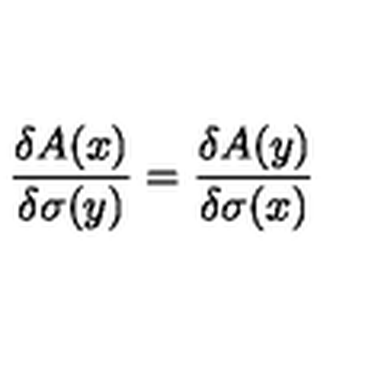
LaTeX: \frac { \delta A ( x ) } { \delta \sigma ( y ) } = \frac { \delta A ( y ) } { \delta \sigma ( x ) }